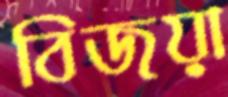
বিজয়া